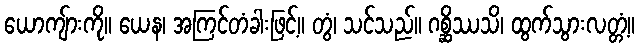
ယောကျ်ားကို။ ယေန၊ အကြင်တံခါးဖြင့်။ တွံ၊ သင်သည်။ ဂစ္ဆိဿသိ၊ ထွက်သွားလတ္တံ့။